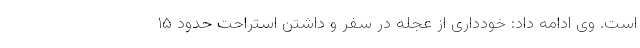
است. وی ادامه داد: خودداری از عجله در سفر و داشتن استراحت حدود ۱۵